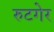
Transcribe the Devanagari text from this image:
रुटगेर